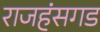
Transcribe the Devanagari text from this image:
राजहंसगड